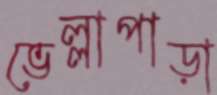
ভেল্লাপাড়া